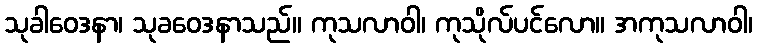
သုခါဝေဒနာ၊ သုခဝေဒနာသည်။ ကုသလာဝါ၊ ကုသိုလ်ပင်လော။ အကုသလာဝါ၊